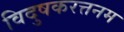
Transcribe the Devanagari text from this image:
विदुषकरत्तनम